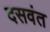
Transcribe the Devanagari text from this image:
दसवंत